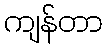
ကျန်တာ